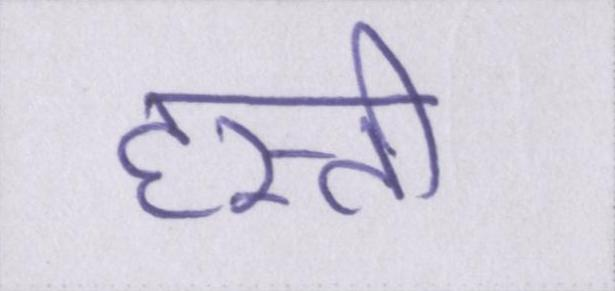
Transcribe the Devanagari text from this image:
हस्ती